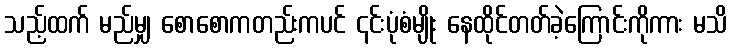
သည့်ထက် မည်မျှ စောစောကတည်းကပင် ၎င်းပုံစံမျိုး နေထိုင်တတ်ခဲ့ကြောင်းကိုကား မသိ